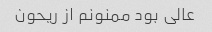
عالی بود ممنونم از ریحون